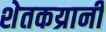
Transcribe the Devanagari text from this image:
शेतकय्रानी